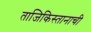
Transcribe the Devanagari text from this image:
ताजिकिस्तानाची